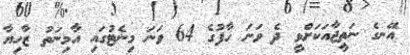
އޭނގެ ނަތީޖާއަކަށްވީ ދެ ވަނަ ހާފުގެ 64 ވަނަ މިނެޓުގައި އާމިނަތު ޒާހިޔާ